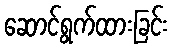
ဆောင်ရွက်ထားခြင်း